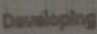
Developing